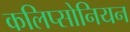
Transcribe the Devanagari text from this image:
कलिप्सोनियन